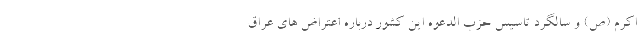
اکرم (ص) و سالگرد تاسیس حزب الدعوه این کشور درباره اعتراض های عراق